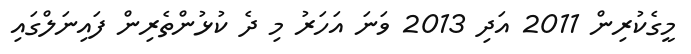
މީގެކުރިން 2011 އަދި 2013 ވަނަ އަހަރު މި ދެ ކުޅުންތެރިން ފައިނަލްގައި